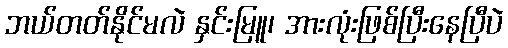
ဘယ်တတ်နိုင်မလဲ နှင်းမြူ၊ အားလုံးဖြစ်ပြီးနေပြီပဲ